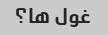
غول ها؟